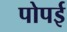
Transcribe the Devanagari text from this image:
पोपई